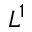
L ^ { 1 }